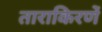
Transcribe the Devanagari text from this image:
ताराकिरणें